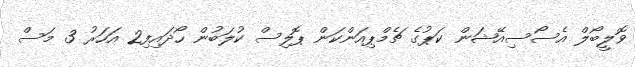
ވޮލީބޯލް އެސޯސިއޭޝަން ކަޕުގެ ޗެމްޕިއަންކަން ޕޮލިސް ކުލަބުން ހޯދައިފި2 އަހަރު 3 މަސް